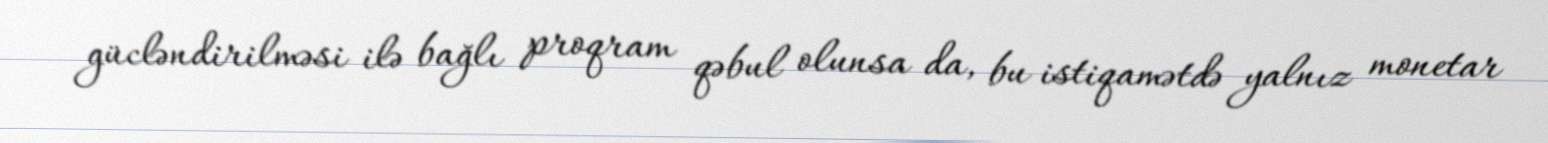
gücləndirilməsi ilə bağlı proqram qəbul olunsa da, bu istiqamətdə yalnız monetar